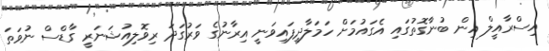
އިސްރާއީލް އިން ބުނާގޮތުގައި އެގައުމަށް ހަމަލާދީފައިވަނީ އިރާނުގެ ވަރުގަދަ ރިވޮލިއުޝަނަރީ ގާޑްސް ނުވަތަ